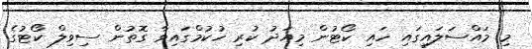
މި މައްސަލައިގައި ހައި ކޯޓުން މިއަދު ކުރި ހުކުމްގައިވާ ގޮތުން ސިވިލް ކޯޓުގެ